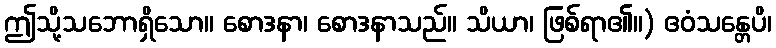
ဤသို့သဘောရှိသော။ စောဒနာ၊ စောဒနာသည်။ သိယာ၊ ဖြစ်ရာ၏။) ဧဝံသန္တေပိ၊